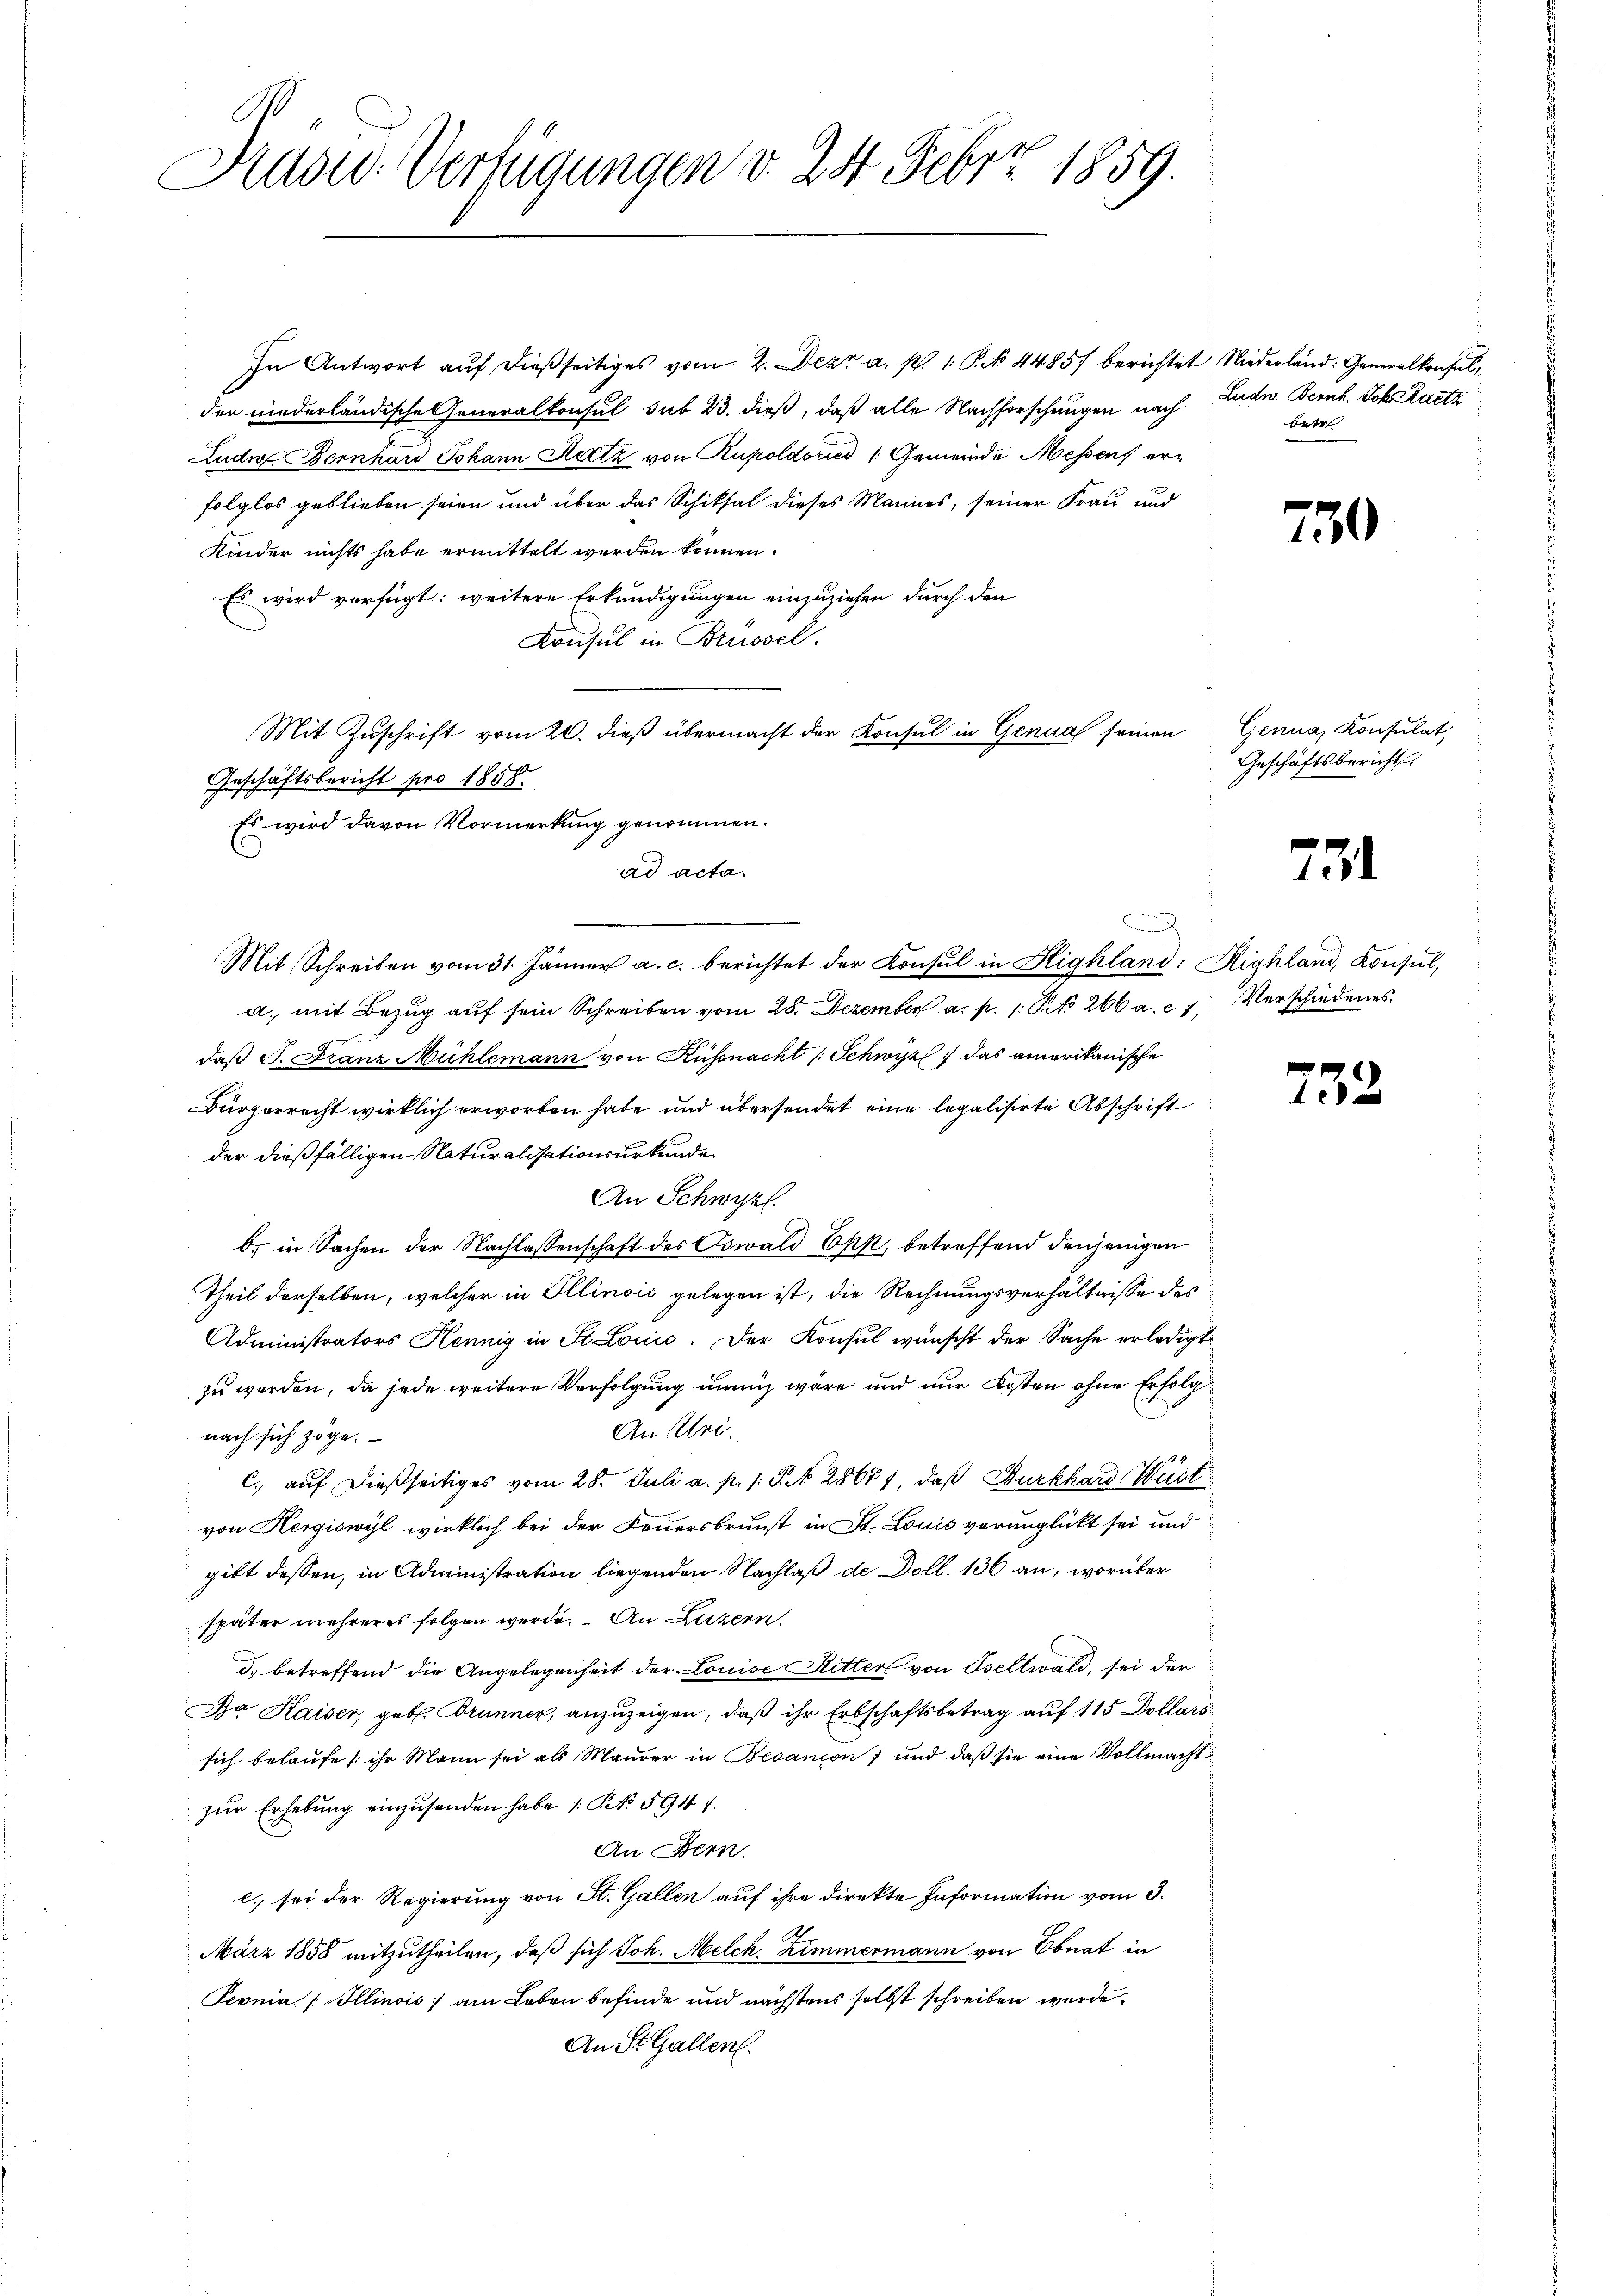
Präsid. Verfügungen d. 24. Febrz 1859.

In Antwort aŭf dießseitiges vom 2. Dez. a. p. 1. P. No 44857 berichtet Niederland: Generalkonsul,
der niederländische Generalkonsul sub 23. dieß, daß alle Nachforschungen nach
Luder Bernhard Johann Retz von Rupoldoricz /: Gemeinde Messens erfolglos geblieben seien und über das Schiksal dieses Mannes, seiner Frau und
Kinder nichts habe ermittelt werden können.
Es wird verfügt: weitere Erkundigungen einzuziehen durch den
Konsul in Brüssel.
Mit Zuschrift vom 20. dieß übermacht der Konsul in Genua seinen
Geschäftsbericht pro 1858.
Es wird davon Vormerkung genommen.
Mit Schreiben vom 31. Jänner a. c. berichtet der Konsul in Highland: Highland, Konsul,
a. mit Bezŭg aŭf sein Schreiben vom 28. Dezember a. p. 1. S. 266 a. c 1. Verschiedenes.
daß P. Franz Mühlemann von Küssnacht (Schwyz, das amerikanische
Bürgerrecht wirklich erworben habe und übersendet eine legalisirte Abschrift
der dießfälligen Naturalisationsurkunde
An Schwyz.
b. in Sachen der Nachlassenschaft des Oswald Ekk, betreffend denjenigen
Theil derselben, welcher in Illinoić gelegen ist, die Rechnungsverhältnisse des
Administrators Hennig in St. Louise. Der Konsul wünscht der Sache erledigt
zu werden, da jede weitere Verfolgung innig wäre und nur Kosten ohne Erfolg
An sei.
nach sich zöge.
14
C. auf dießseitiges vom 28. Juli a. p. 1 S. 28671, daß Burkhard Hust
von Hergiswyl wirklich bei der Feuersbrunst in St. Louis verunglückt sei und
gibt dessen, in Administration liegenden Nachlaß de Doll. 136 an, worüber
später mehreres folgen werde. An Luzern.
d. betreffend die Angelegenheit der Louise Ritter von Beltwald, sei der
Da Kaiser, geb. Brunner, anzuzeigen, daß ihr Erbschaftsbetrag auf 115 Dollars
sich belaufe, ihr Mann sei als Maurer in Besançon 7 und daß sie eine Vollmacht
zŭr Erhebŭng einzŭsenden habe (NNo. 594 f.
An Bern.
l. sei der Regierung von St. Gallen auf ihre direkte Information vom 3.
März 1858 mitzutheilen, daß sich Joh. Melch. Zimmermann von Obnat in
Ternia Illinois) am Leben befinde und nächstens selbst schreiben werde.
An St. Gallen.

ad acta.

Ludn. Bernh. Joh. Satz
betr

750

Genua, Konsulat,
Geschäftsbericht.

731

732